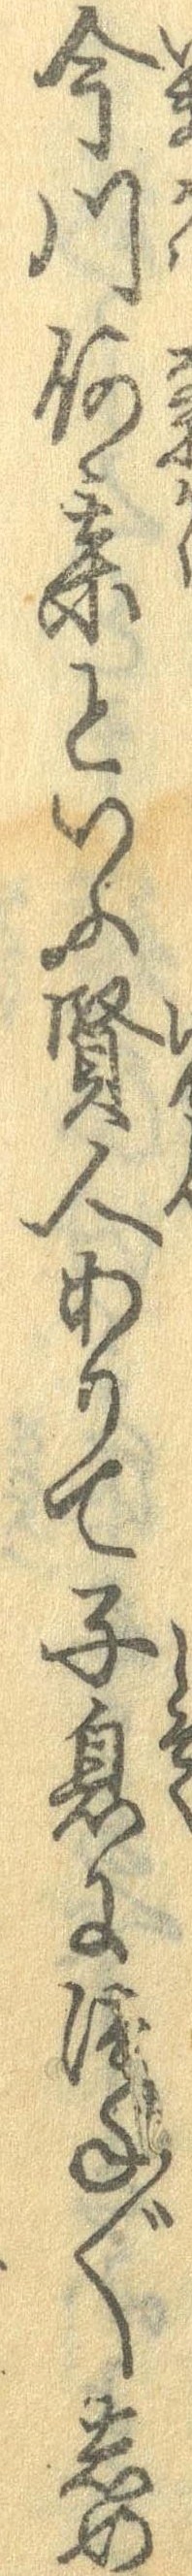
今川何某といふ賢人ありて子息につね〲しめ